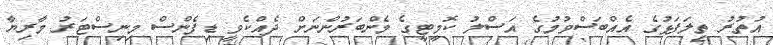
އުތުރު ތިލަފަަޅުގެ އެއްބަސްވުމުގެ އަސްލު ކޮމީޓީގެ މެންބަރުންނަށް ދެއްކެވީ ޑިފެންސް މިނިސްޓަރު މާރިޔާ